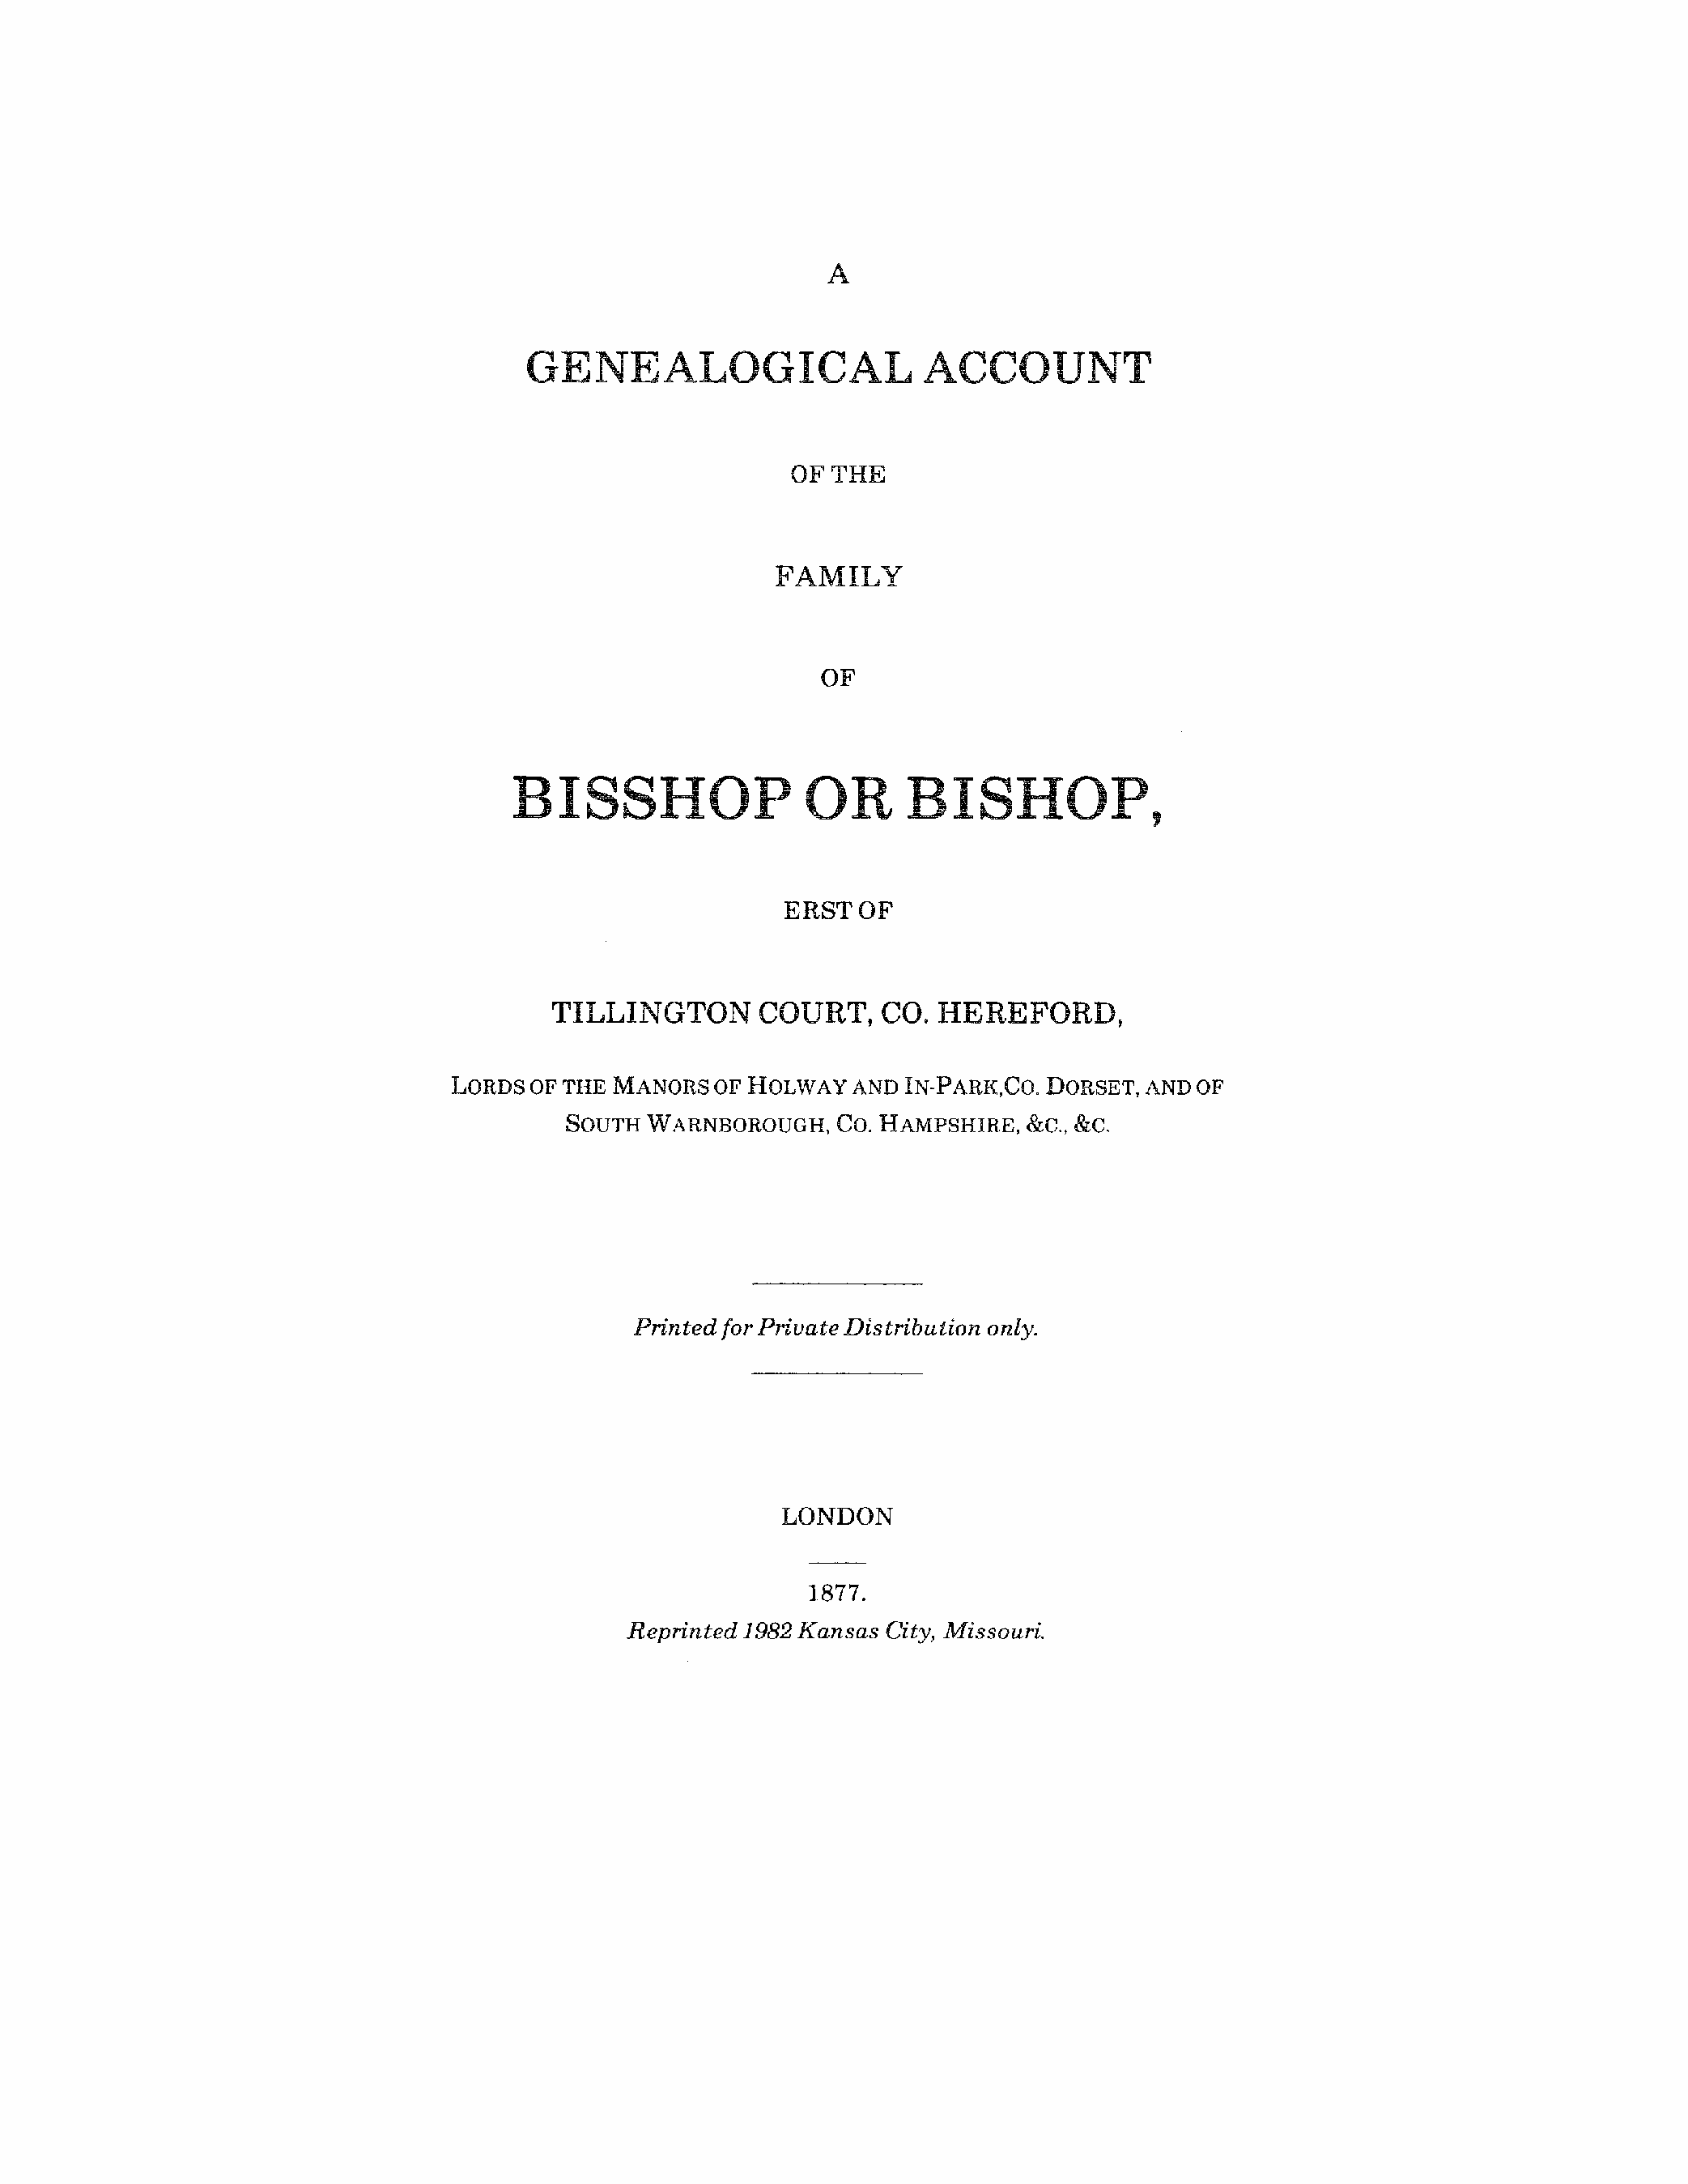
A
 GENEALOGICAL                    ACCOUNT
 OFTHE
 FAMILY
 OF
 BISSHOP                 OR      BISHOP,
 ERSTOF
 TILLINGTON       COURT,    CO.  HEREFORD,
 LORDS OF THE MANORS  OF HOLWAY   AND IN-PARK.CO. DORSET, AND OF
 w
 SOUTH    ARNBOROUGH,  Co. HAMPSHIRE,  &c., &c.
 Printed for Private Distribution only.
 LONDON
 1877.
 Reprinted 1982 Kansas City, Missouri.